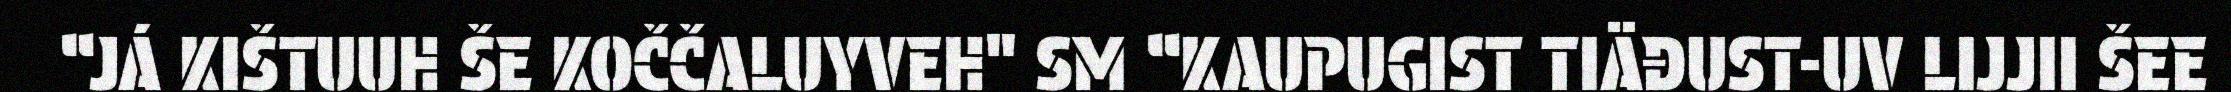
“JÁ KIŠTUUH ŠE KOČČALUYVEH" SM “KAUPUGIST TIÄĐUST-UV LIJJII ŠEE